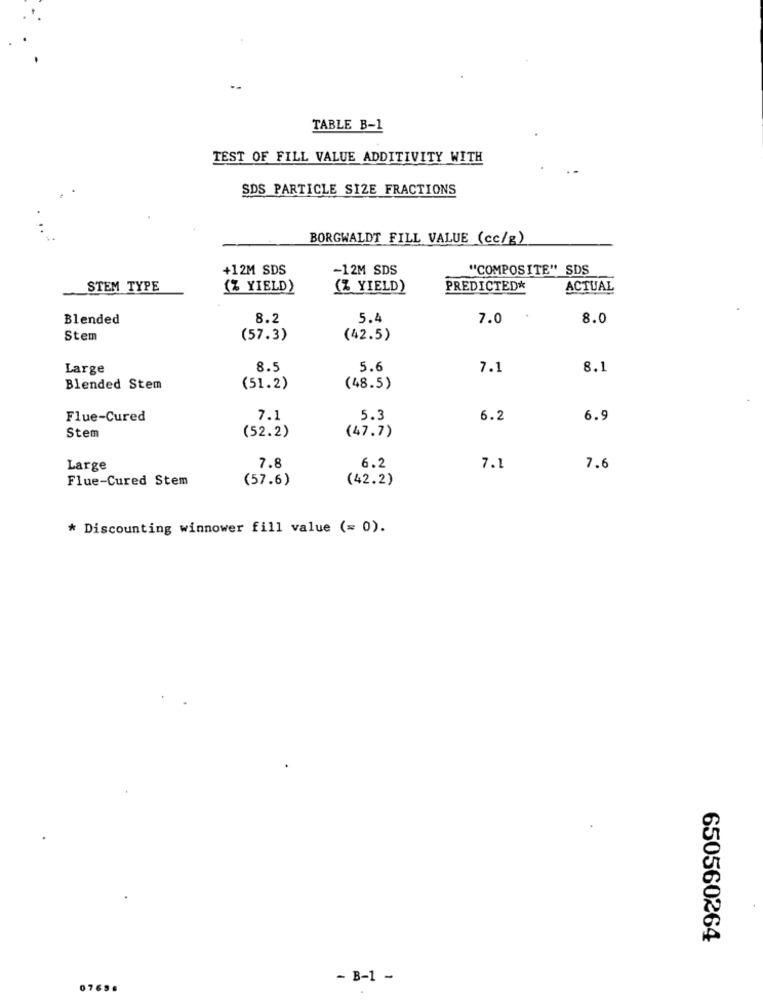
TABLE B-1
TEST OF FILL VALUE ADDITIVITY WITH
SDS PARTICLE SIZE FRACTIONS
BORGWALDT FILL VALUE (cc/g)
+12M SDS
-12M SDS
"COMPOSITE" SDS
STEM TYPE
(% YIELD)
(% YIELD)
PREDICTED*
ACTUAL
Blended
8.2
5.4
7.0
8.0
Stem
(57.3)
(42.5)
Large
8.5
5.6
7.1
8.1
Blended Stem
(51.2)
(48.5)
Flue-Cured
7.1
5.3
6.2
6.9
Stem
(52.2)
(47.7)
Large
7.8
6.2
7.1
7.6
Flue-Cured Stem
(57.6)
(42.2)
* Discounting winnower fill value (= 0).
650560264
- B-1 -
07698